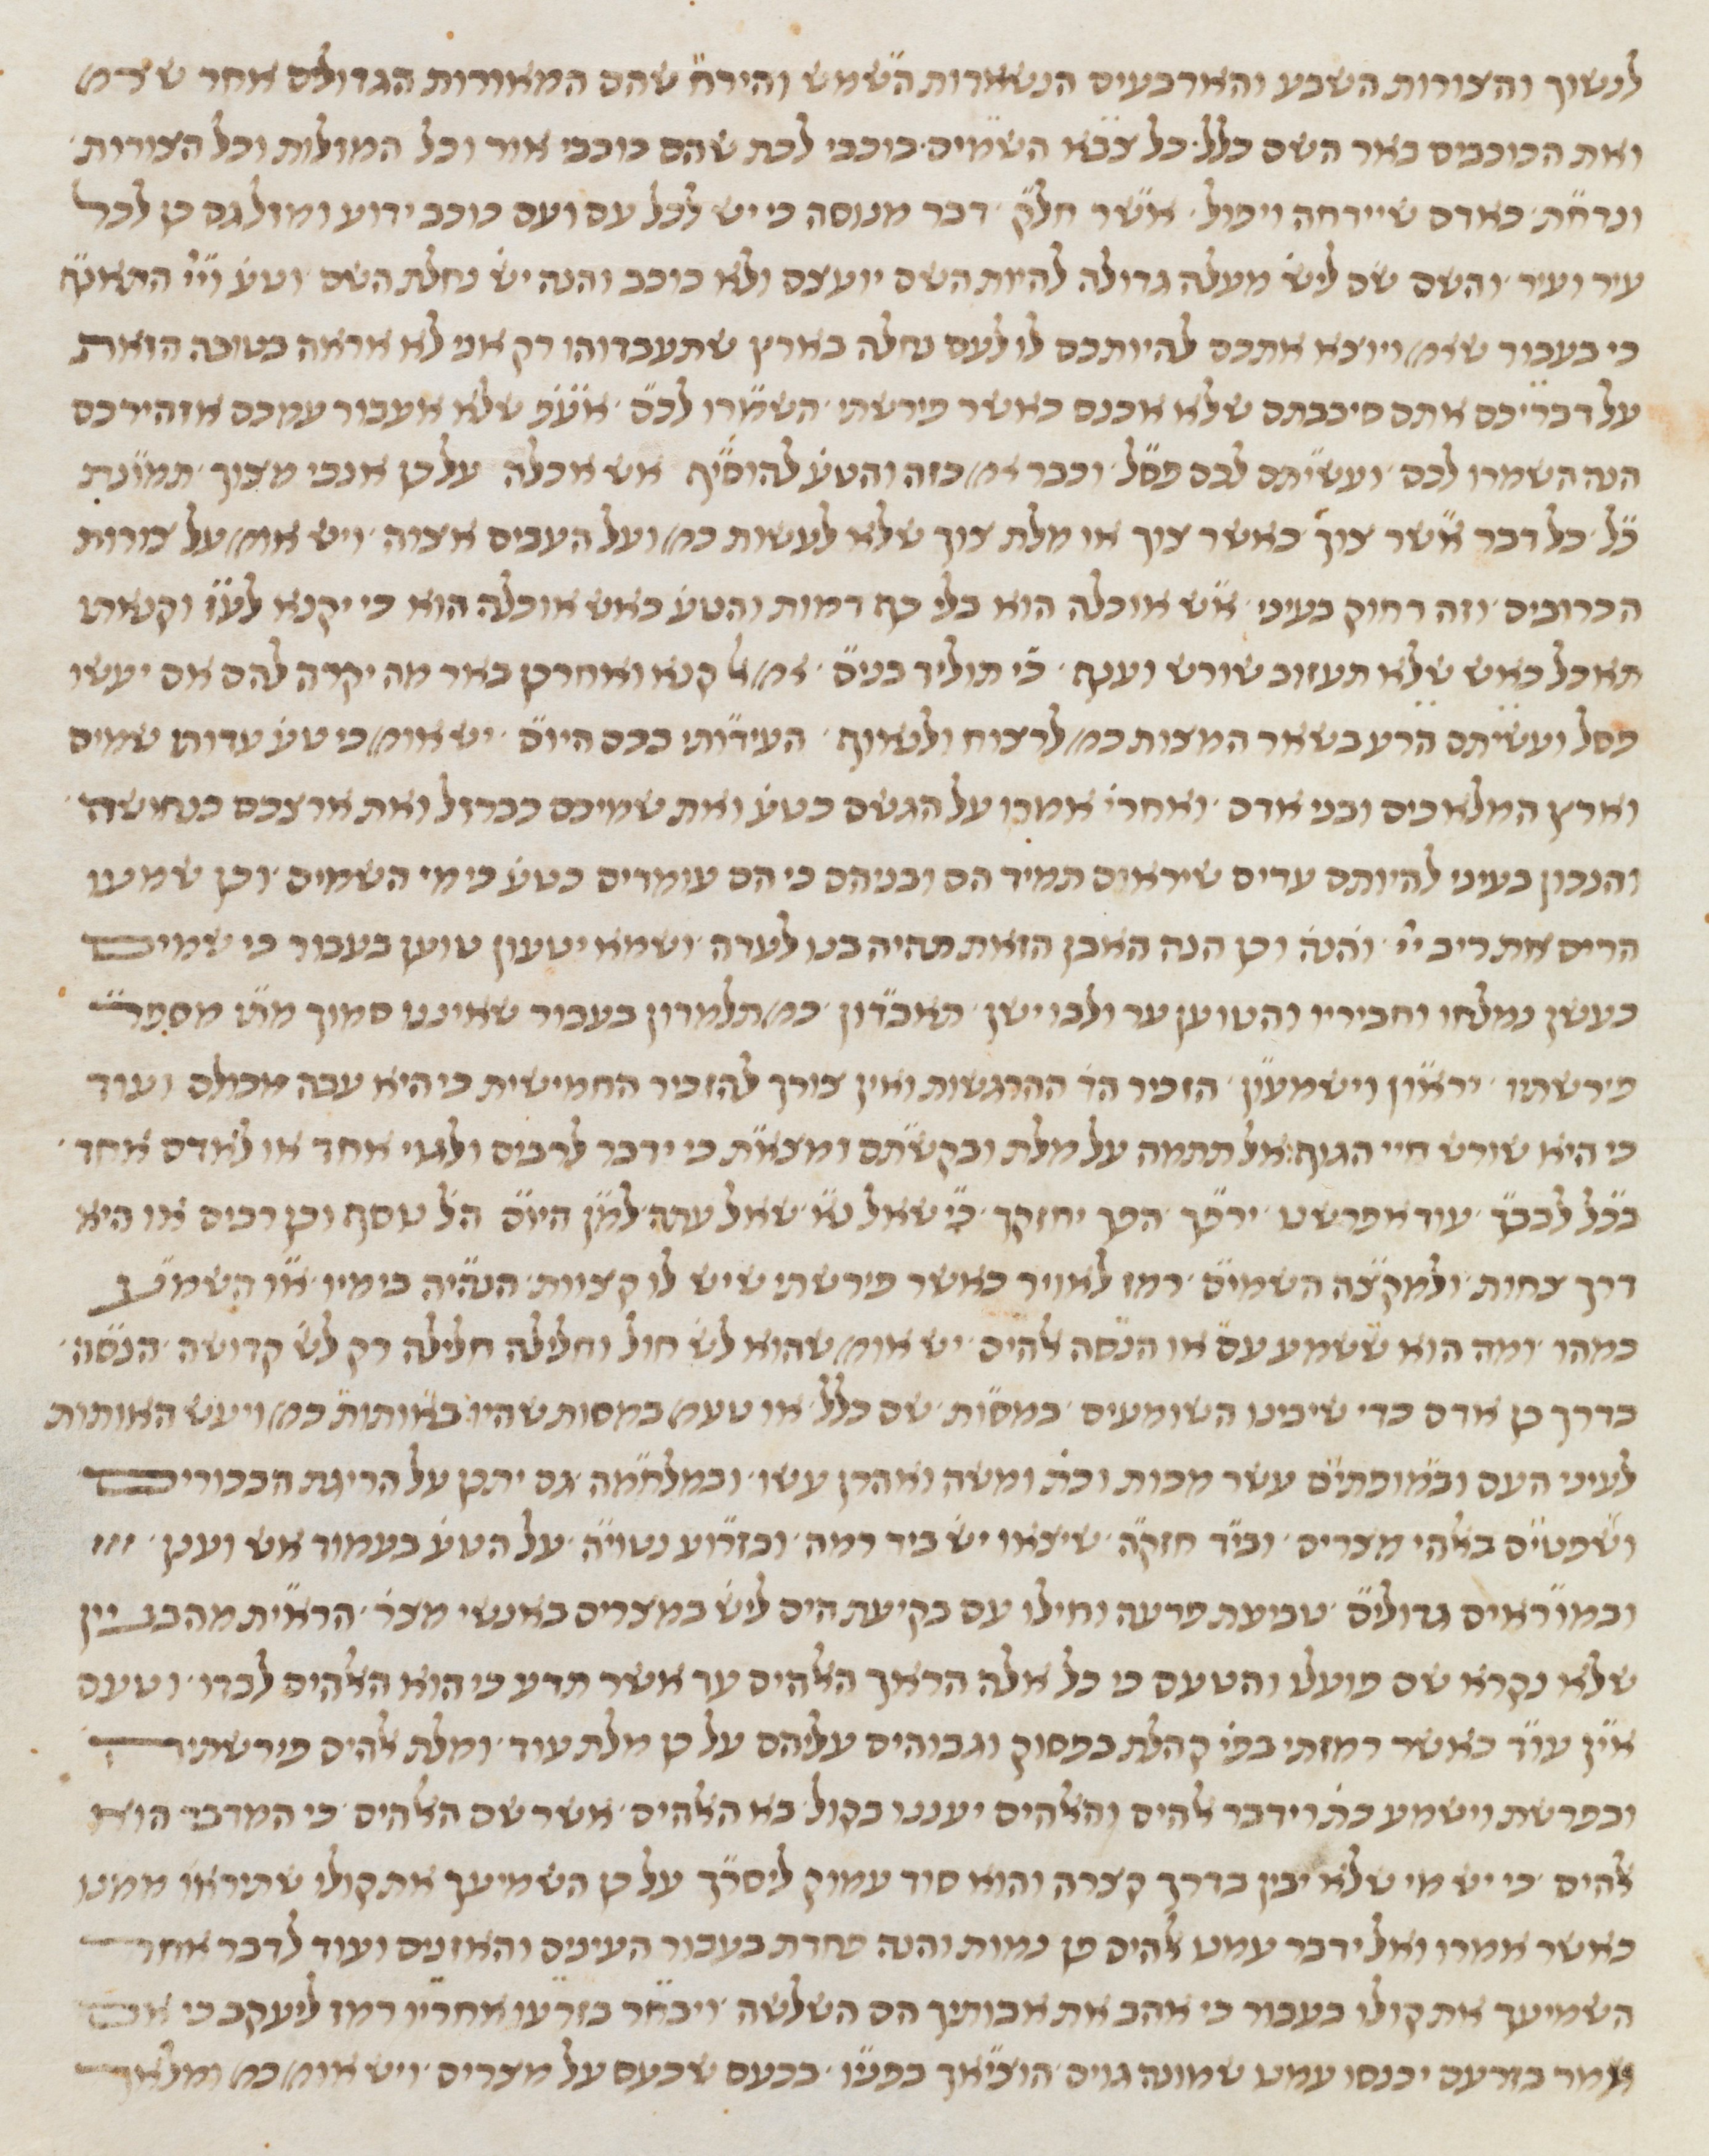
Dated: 1450–1499